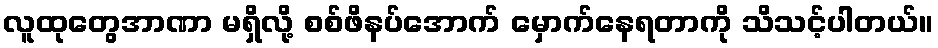
လူထုတွေအာဏာ မရှိလို့ စစ်ဖိနပ်အောက် မှောက်နေရတာကို သိသင့်ပါတယ်။